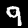
Label: 9